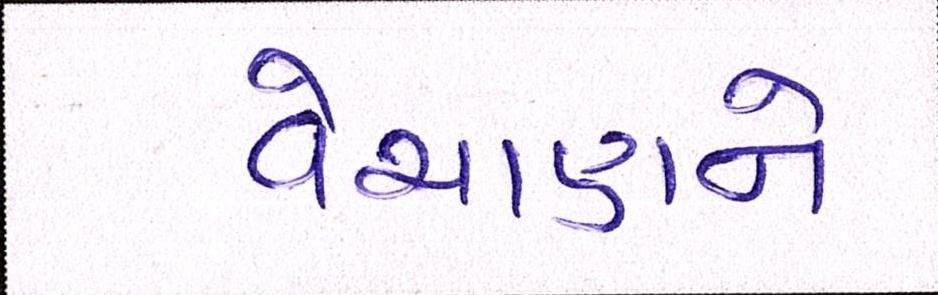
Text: વેચાણને